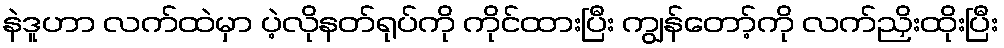
နဲဒူဟာ လက်ထဲမှာ ပဲ့လိုနတ်ရုပ်ကို ကိုင်ထားပြီး ကျွန်တော့်ကို လက်ညှိးထိုးပြီး